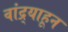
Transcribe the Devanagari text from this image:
वांद्र्याहून